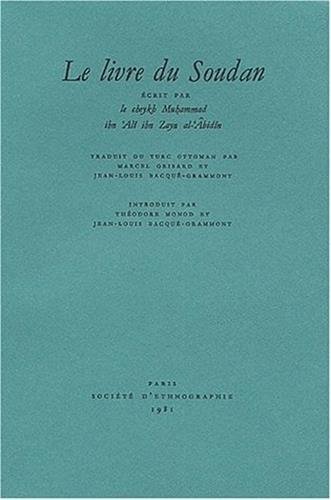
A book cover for Le livre du Soudan (Afrique ancienne) (French Edition); Zayn al-Abidin Tunisi; Travel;